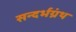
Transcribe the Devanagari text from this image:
सन्दर्भग्रंथ